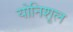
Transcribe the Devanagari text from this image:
योनिशूल